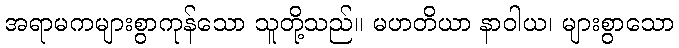
အရာမကများစွာကုန်သော သူတို့သည်။ မဟတိယာ နာဝါယ၊ များစွာသော